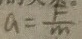
a = \frac { F } { m }